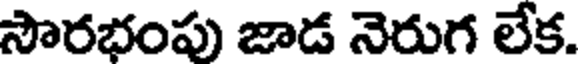
సౌరభంపు జాడ నెరుగ లేక.